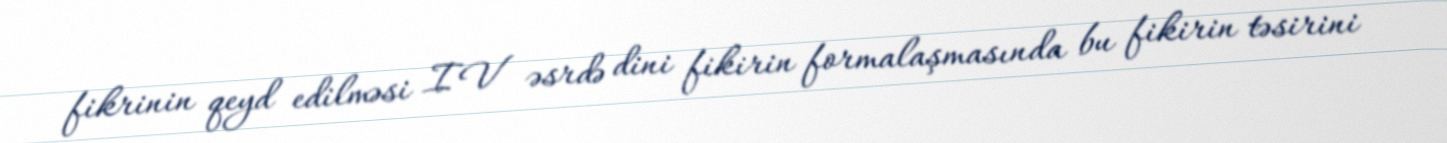
fikrinin qeyd edilməsi IV əsrdə dini fikirin formalaşmasında bu fikirin təsirini